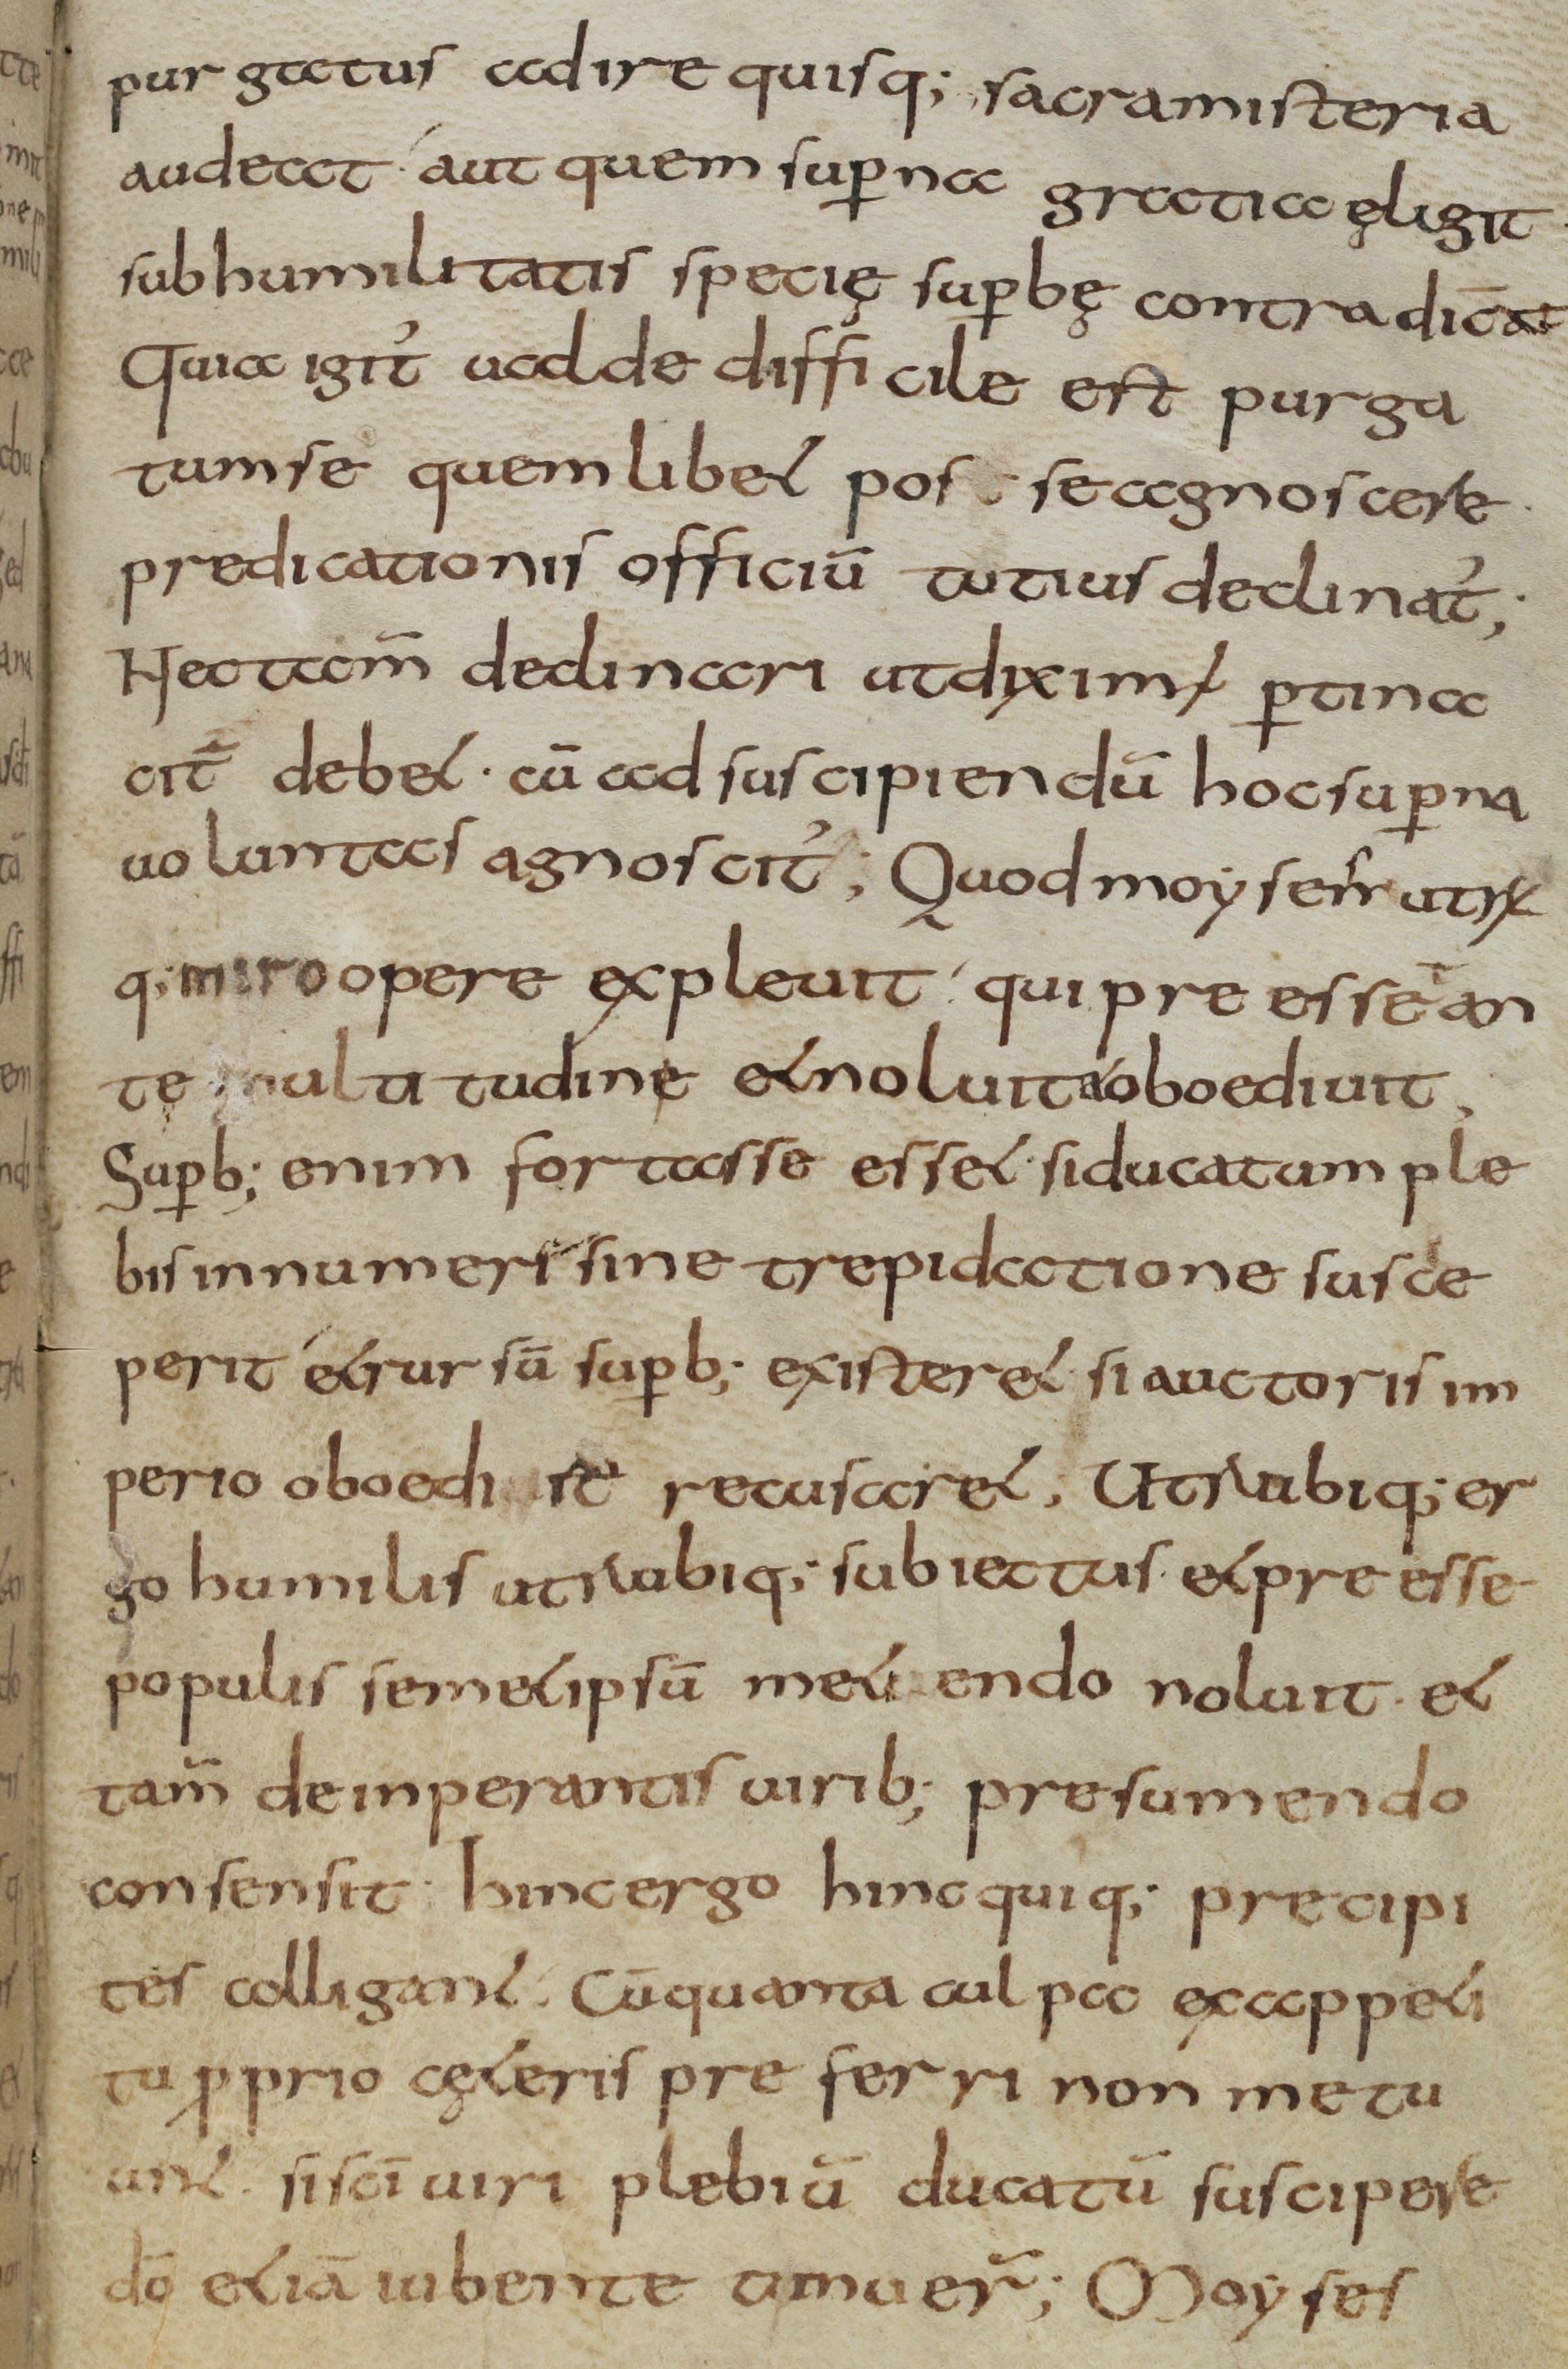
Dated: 800–830